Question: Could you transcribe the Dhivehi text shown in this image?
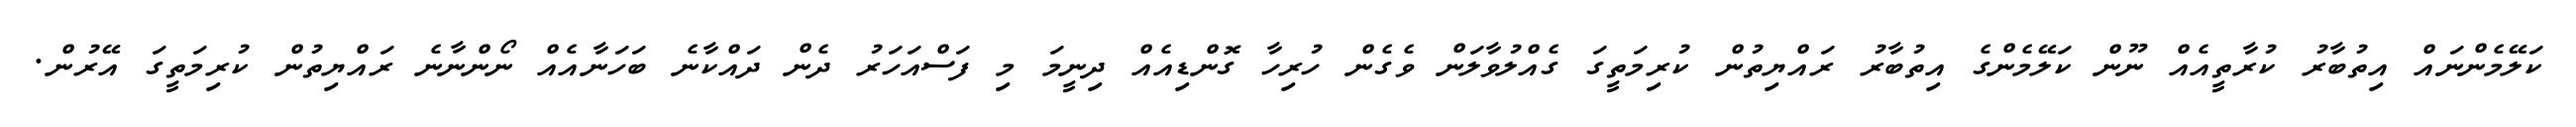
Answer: ކަލޭމެންނައް އިތުބާރު ކުރާތީއެއް ނޫން ކަލޭމެންގެ އިތުބާރު ރައްޔިތުން ކުރިމަތީގަ ގެއްލުވާލަން ވެގެން ހުރިހާ ގޮންޑިއެއް ދިނީމަ މި ފަސްއަހަރު ދެން ދައްކާނެ ބަހަނާއެއް ނޯންނާނެ ރައްޔިތުން ކުރިމަތީގަ އޭރުން.